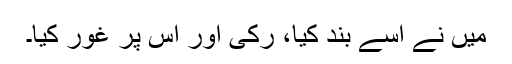
میں نے اسے بند کیا، رکی اور اس پر غور کیا۔